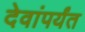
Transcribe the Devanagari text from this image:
देवांपर्यंत